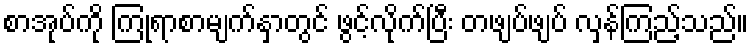
စာအုပ်ကို ကြုံရာစာမျက်နှာတွင် ဖွင့်လိုက်ပြီး တဖျပ်ဖျပ် လှန်ကြည့်သည်။